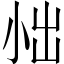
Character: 𪨀